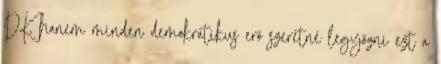
DK, hanem minden demokratikus erő szeretné legyőzni ezt a